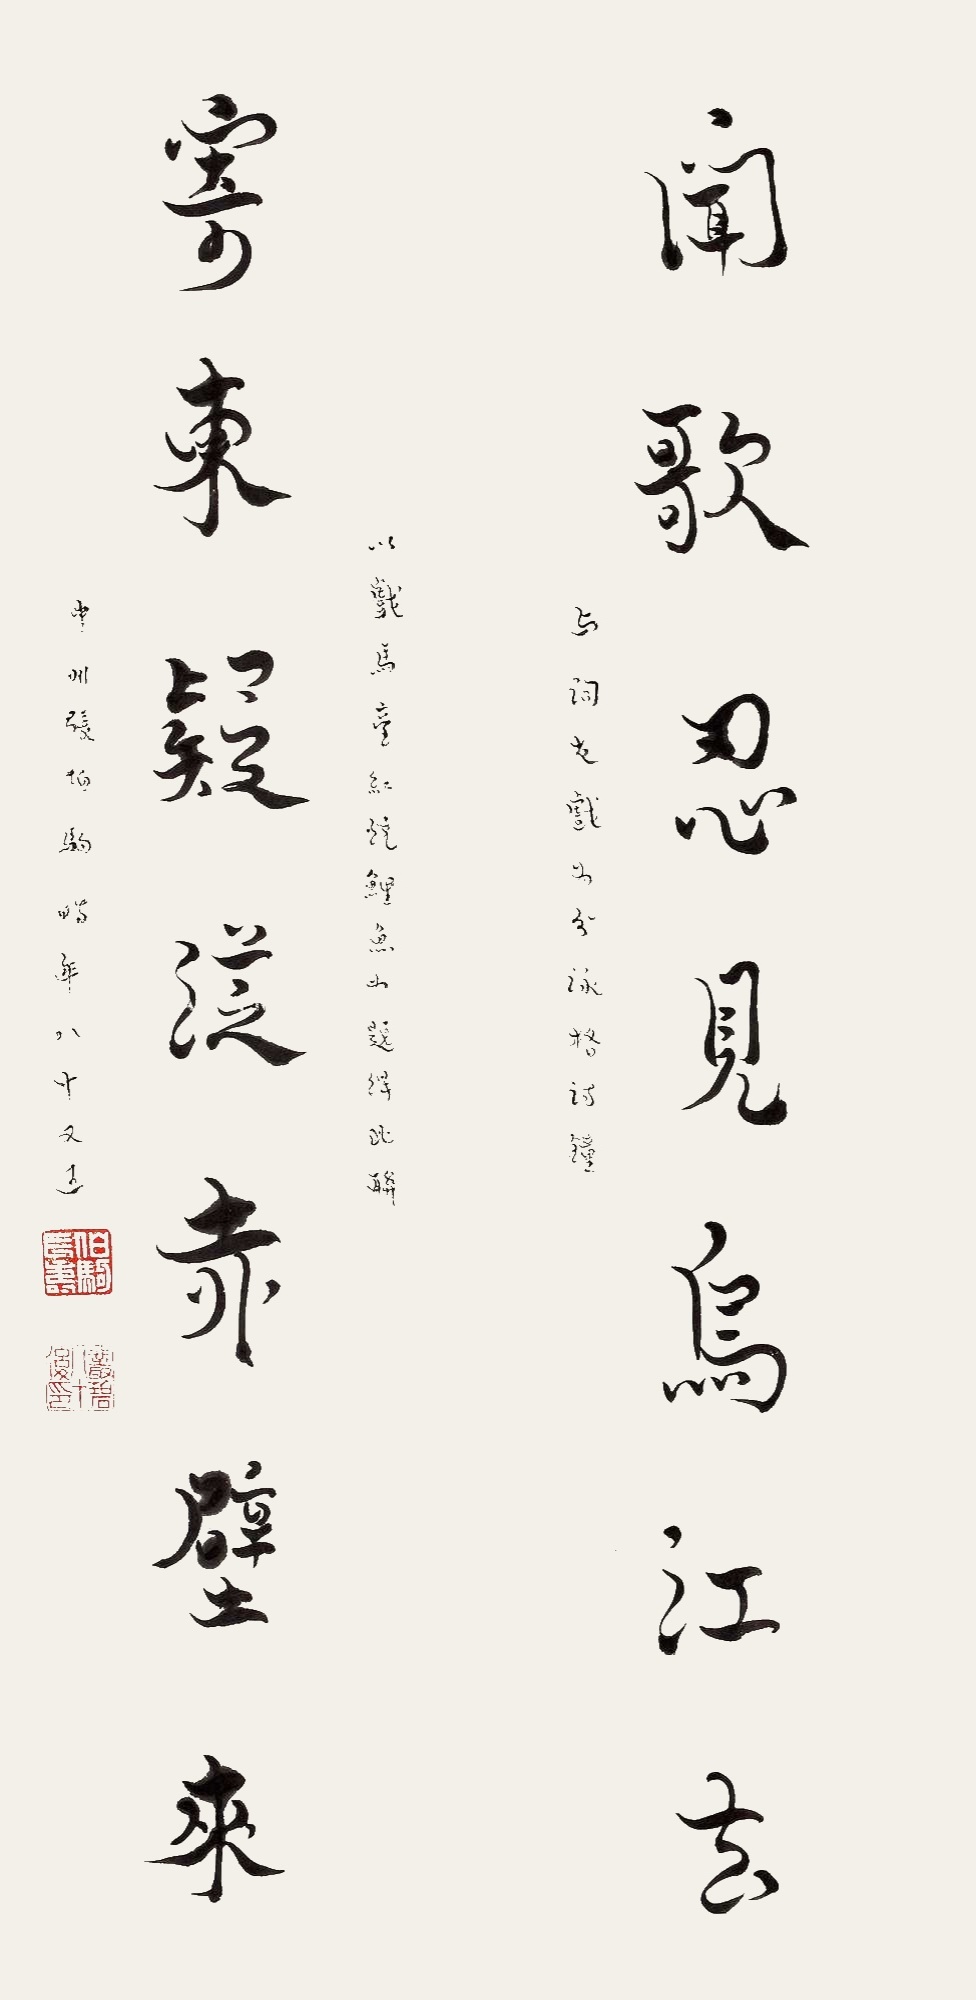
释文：闻歌忍见乌江去，寄柬疑从赤壁来。与词友戏，为分咏格诗，钟以戏马台红烧鲤鱼为题得此联。中州张伯驹，时年八十又五。